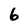
Character: 6